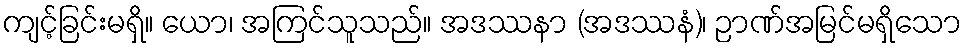
ကျင့်ခြင်းမရှိ။ ယော၊ အကြင်သူသည်။ အဒဿနာ (အဒဿနံ)၊ ဉာဏ်အမြင်မရှိသော